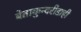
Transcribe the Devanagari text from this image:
बेताकुन्दरीडाही